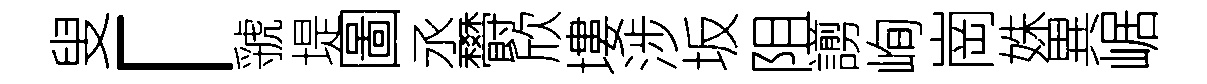
叟「虢堤圖丞欎欣塿涉坂阻謭峋崗姝異崌